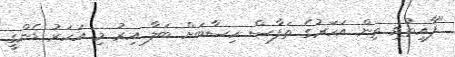
"ފާއިތުވި ތިން އަހަރުގެ ތަފާސް ހިސާބަށް ބަލާ އިރު މި އަހަރު ޑެންގީ